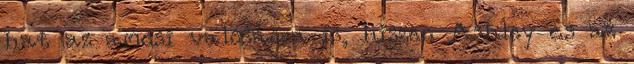
hat az amcsi valóságra is, hiszen Ashley és az